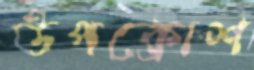
উপক্রোশ